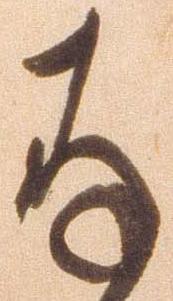
存